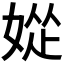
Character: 𫰽